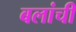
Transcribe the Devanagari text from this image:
बलांची